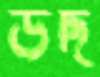
উদ্দ